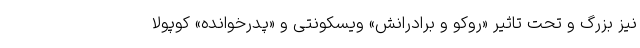
نیز بزرگ و تحت تاثیر «روکو و برادرانش» ویسکونتی و «پدرخوانده» کوپولا